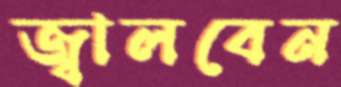
জ্বালবেন